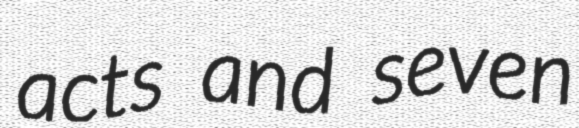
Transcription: acts and seven